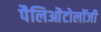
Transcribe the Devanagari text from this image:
पैलिओंटोलॉजी